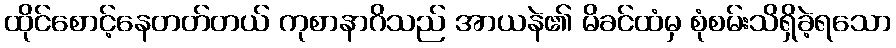
ထိုင်စောင့်နေတတ်တယ် ကုစာနာဂိသည် အာယနဲ၏ မိခင်ထံမှ စုံစမ်းသိရှိခဲ့ရသော